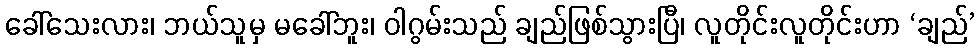
ခေါ်သေးလား၊ ဘယ်သူမှ မခေါ်ဘူး၊ ဝါဂွမ်းသည် ချည်ဖြစ်သွားပြီ၊ လူတိုင်းလူတိုင်းဟာ ‘ချည်’